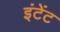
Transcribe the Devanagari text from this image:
इंटेंट